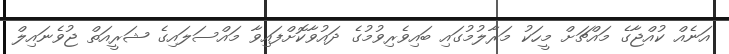
އަނެއް ކުއްޖާގެ މައްޗަށް މީހަކު މަރާލުމުގައި ބައިވެރިވުމުގެ ދައުވާކޮށްފައިވާ މައްސަލައިގެ ޝަރީއަތް ޖުވެނައިލް